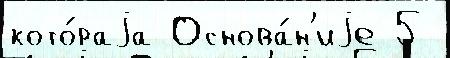
кото́раjа Основа́н'иjе 5